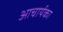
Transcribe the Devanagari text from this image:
आचार्यका